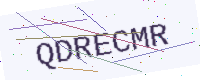
Text: QDRECMR